Civil Veterinary Department Bihar & Orissa reports 1929-36 - 1929-1936
Year: 1929
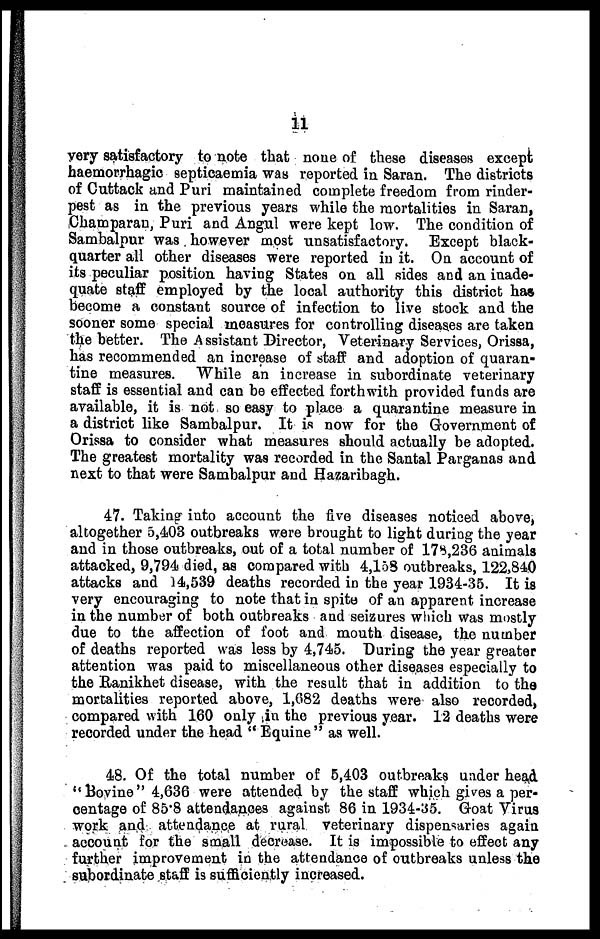
11
very satisfactory to note that none of these diseases except
haemorrhagic septicaemia was reported in Saran. The districts
of Cuttack and Puri maintained complete freedom from rinder-
pest as in the previous years while the mortalities in Saran,
Champaran, Puri and Angul were kept low. The condition of
Sambalpur was however most unsatisfactory. Except black-
quarter all other diseases were reported in it. On account of
its peculiar position having States on all sides and an inade-
quate staff employed by the local authority this district has
become a constant source of infection to live stock and the
sooner some special measures for controlling diseases are taken
the better. The Assistant Director, Veterinary Services, Orissa,
has recommended an increase of staff and adoption of quaran-
tine measures. While an increase in subordinate veterinary
staff is essential and can be effected forthwith provided funds are
available, it is not so easy to place a quarantine measure in
a district like Sambalpur. It is now for the Government of
Orissa to consider what measures should actually be adopted.
The greatest mortality was recorded in the Santal Parganas and
next to that were Sambalpur and Hazaribagh.
47. Taking into account the five diseases noticed above,
altogether 5,403 outbreaks were brought to light during the year
and in those outbreaks, out of a total number of 178,236 animals
attacked, 9,794 died, as compared with 4,158 outbreaks, 122,840
attacks and 14,539 deaths recorded in the year 1934-35. It is
very encouraging to note that in spite of an apparent increase
in the number of both outbreaks and seizures which was mostly
due to the affection of foot and mouth disease, the number
of deaths reported was less by 4,745. During the year greater
attention was paid to miscellaneous other diseases especially to
the Ranikhet disease, with the result that in addition to the
mortalities reported above, 1,682 deaths were also recorded,
compared with 160 only in the previous year. 12 deaths were
recorded under the head " Equine" as well.
48. Of the total number of 5,403 outbreaks under head
"Bovine" 4,636 were attended by the staff which gives a per-
centage of 85.8 attendances against 86 in 1934-35. Goat Virus
work and attendance at rural veterinary dispensaries again
account for the small decrease. It is impossible to effect any
further improvement in the attendance of outbreaks unless the
subordinate staff is sufficiently increased.